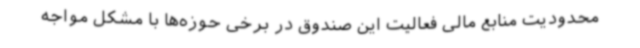
محدودیت منابع مالی فعالیت این صندوق در برخی حوزه‌ها با مشکل مواجه